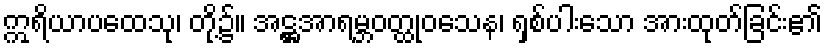
ဣရိယာပထေသု၊ တို့၌။ အဋ္ဌအာရမ္ဘဝတ္ထုဝသေန၊ ရှစ်ပါးသော အားထုတ်ခြင်း၏